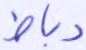
رباط